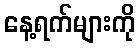
နေ့ရက်များကို